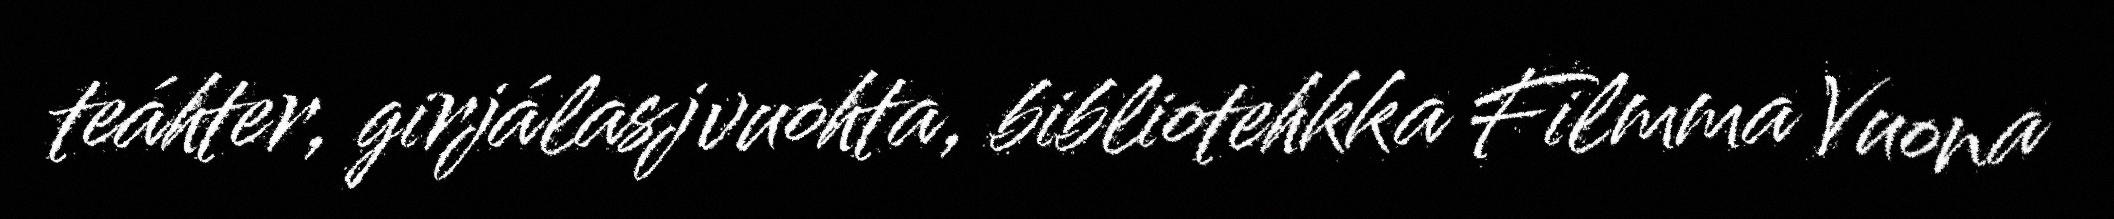
teáhter, girjálasjvuohta, bibliotehkka Filmma Vuona